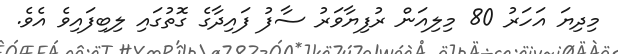
މިދިޔަ އަހަރު 80 މިލިއަން ރުފިޔާވަރު ސާފު ފައިދާގެ ގޮތުގައި ލިބިފައިވެ އެވެ.